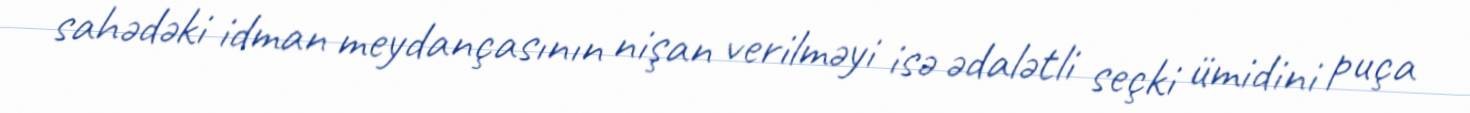
sahədəki idman meydançasının nişan verilməyi isə ədalətli seçki ümidini puça